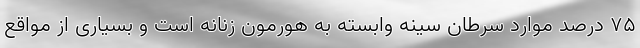
۷۵ درصد موارد سرطان سینه وابسته به هورمون زنانه است و بسیاری از مواقع